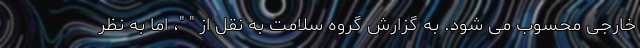
خارجی محسوب می شود. به گزارش گروه سلامت به نقل از " "، اما به نظر